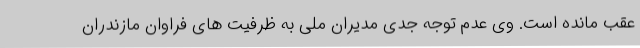
عقب مانده است. وی عدم توجه جدی مدیران ملی به ظرفیت های فراوان مازندران